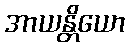
အာယန္တိယော